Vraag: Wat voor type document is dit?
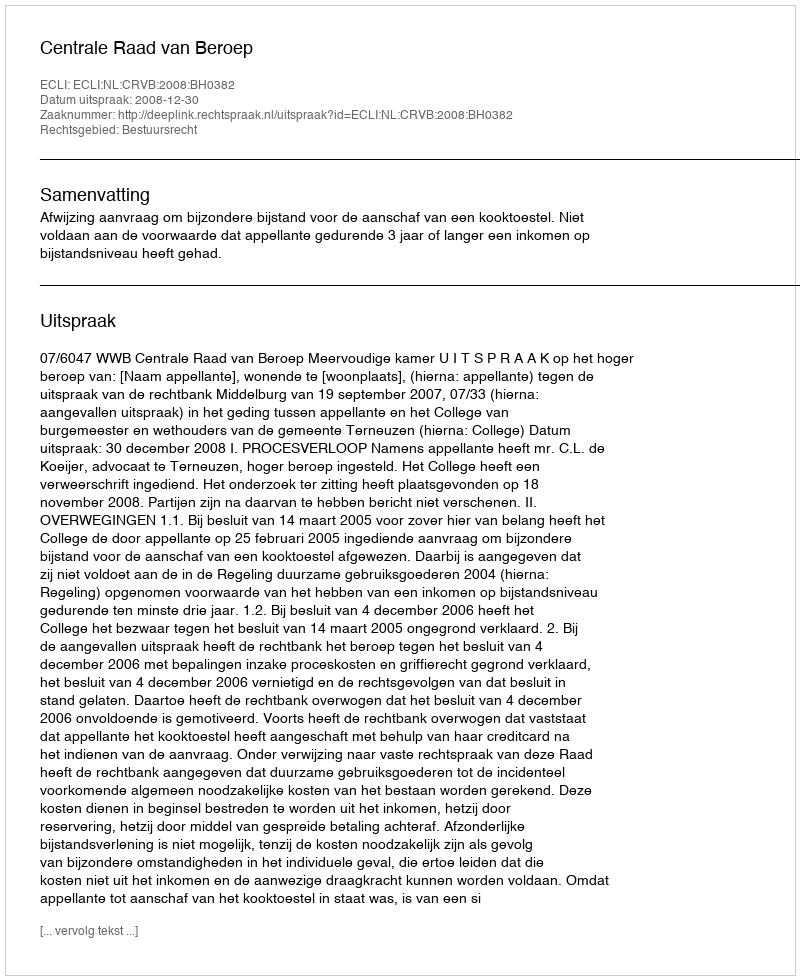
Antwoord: Uitspraak